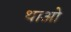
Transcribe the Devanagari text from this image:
थाओ